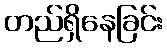
တည်ရှိနေခြင်း